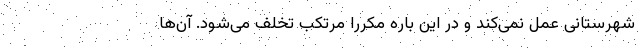
شهرستانی عمل نمی‌کند و در این باره مکررا مرتکب تخلف می‌شود. آن‌ها